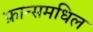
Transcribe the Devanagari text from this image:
फ्रान्समधिल